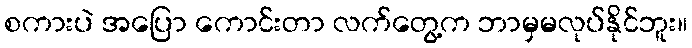
စကားပဲ အပြော ကောင်းတာ လက်တွေ့က ဘာမှမလုပ်နိုင်ဘူး။